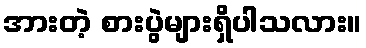
အားတဲ့ စားပွဲများရှိပါသလား။